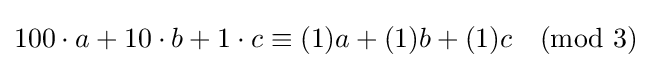
100\cdot a+10\cdot b+1\cdot c\equiv (1)a+(1)b+(1)c{\pmod {3}}